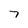
Character: 7